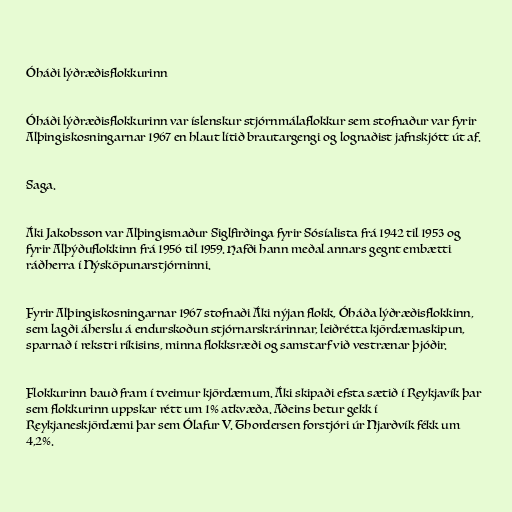
Óháði lýðræðisflokkurinn

Óháði lýðræðisflokkurinn var íslenskur stjórnmálaflokkur sem stofnaður var fyrir
Alþingiskosningarnar 1967 en hlaut lítið brautargengi og lognaðist jafnskjótt út af.

Saga.

Áki Jakobsson var Alþingismaður Siglfirðinga fyrir Sósíalista frá 1942 til 1953 og
fyrir Alþýðuflokkinn frá 1956 til 1959. Hafði hann meðal annars gegnt embætti
ráðherra í Nýsköpunarstjórninni.

Fyrir Alþingiskosningarnar 1967 stofnaði Áki nýjan flokk, Óháða lýðræðisflokkinn,
sem lagði áherslu á endurskoðun stjórnarskrárinnar, leiðrétta kjördæmaskipun,
sparnað í rekstri ríkisins, minna flokksræði og samstarf við vestrænar þjóðir.

Flokkurinn bauð fram í tveimur kjördæmum. Áki skipaði efsta sætið í Reykjavík þar
sem flokkurinn uppskar rétt um 1% atkvæða. Aðeins betur gekk í
Reykjaneskjördæmi þar sem Ólafur V. Thordersen forstjóri úr Njarðvík fékk um
4,2%.